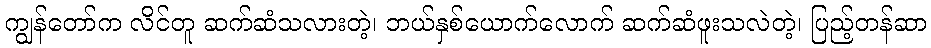
ကျွန်တော်က လိင်တူ ဆက်ဆံသလားတဲ့၊ ဘယ်နှစ်ယောက်လောက် ဆက်ဆံဖူးသလဲတဲ့၊ ပြည့်တန်ဆာ